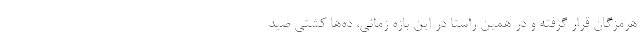
هرمزگان قرار گرفته و در همین راستا در این بازه زمانی، ده‌ها کشتی صید